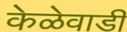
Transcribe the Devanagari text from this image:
केळेवाडी